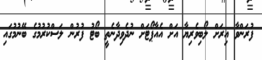
ފުރަންވާ އިރަށް ލޯބިވެރިޔާ އަށް އެއާޕޯޓަށް ނުދެވިދާނެތީ ބޯޓު ފުރުން ލަސްކުރުމުގެ ބޭނުމުގައި